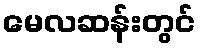
မေလဆန်းတွင်